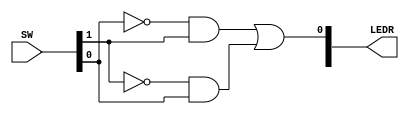
module TopLevel (
    input [9:0] SW,
    output [9:0] LEDR
);

wire  notA, notB, AB, BA;

not(notA, SW[0]);  // ~SW[0]
not(notB, SW[1]);  // ~SW[1]
and(AB, notA, SW[1]);
and(BA, notB, SW[0]);
or(LEDR[0], AB, BA);

// xor(LEDR[1], SW[0], SW[1]);
    
endmodule